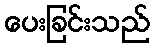
ပေးခြင်းသည်